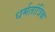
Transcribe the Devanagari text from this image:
धर्मतांत्रिक